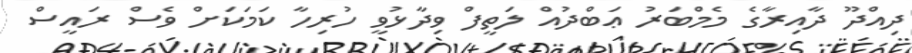
ދިއްދޫ ދާއިރާގެ މެމްބަރު ޢަބްދުއް ލަތީފް ވިދާޅުވީ ހުރިހާ ކަމަކަށް ވެސް ރައީސް